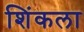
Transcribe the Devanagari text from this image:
शिंकला